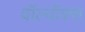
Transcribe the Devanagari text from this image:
वॉल्वॉक्स